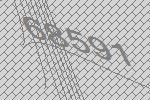
68591